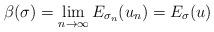
LaTeX: \begin{align*}\beta(\sigma)=\lim_{n\rightarrow\infty}E_{\sigma_n}(u_n)=E_{\sigma}(u)\end{align*}